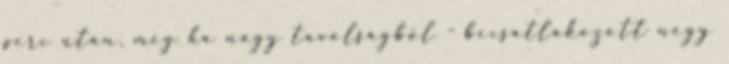
perc után, még ha nagy távolságból - becsatlakozott négy